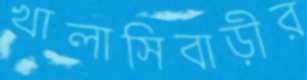
খালাসিবাড়ীর